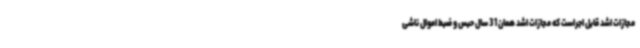
مجازات اشد قابل اجراست که مجازات اشد همان 31 سال حبس و ضبط اموال ناشی